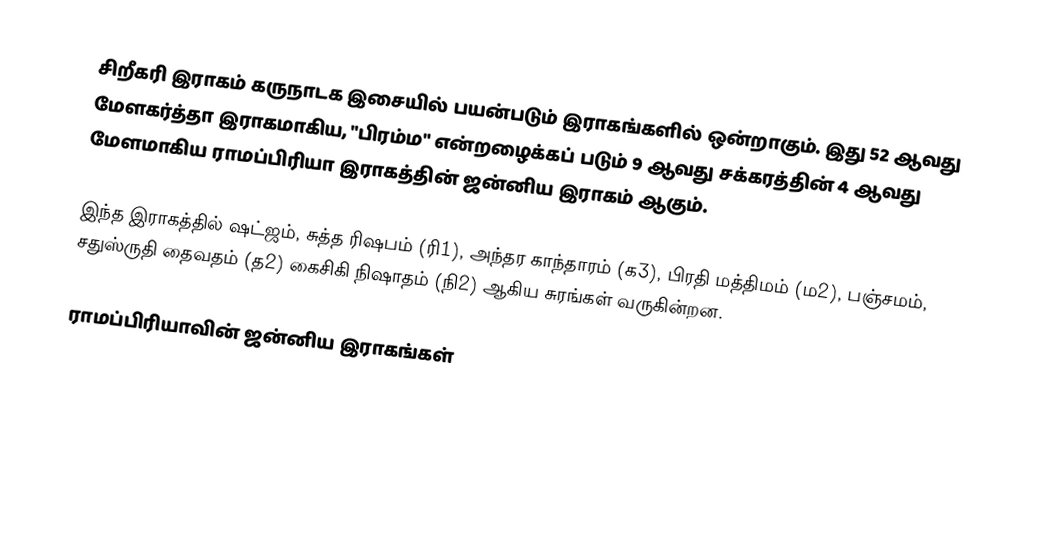
சிறீகரி இராகம் கருநாடக இசையில் பயன்படும் இராகங்களில் ஒன்றாகும். இது 52 ஆவது மேளகர்த்தா இராகமாகிய, "பிரம்ம" என்றழைக்கப் படும் 9 ஆவது சக்கரத்தின் 4 ஆவது மேளமாகிய ராமப்பிரியா இராகத்தின் ஜன்னிய இராகம் ஆகும்.

இந்த இராகத்தில் ஷட்ஜம், சுத்த ரிஷபம் (ரி1),  அந்தர காந்தாரம் (க3), பிரதி மத்திமம் (ம2), பஞ்சமம்,  சதுஸ்ருதி தைவதம் (த2) கைசிகி நிஷாதம்  (நி2) ஆகிய சுரங்கள் வருகின்றன.

ராமப்பிரியாவின் ஜன்னிய இராகங்கள்